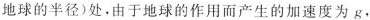
地球的半径)处。由于地球的作用而产生的加速度为g，